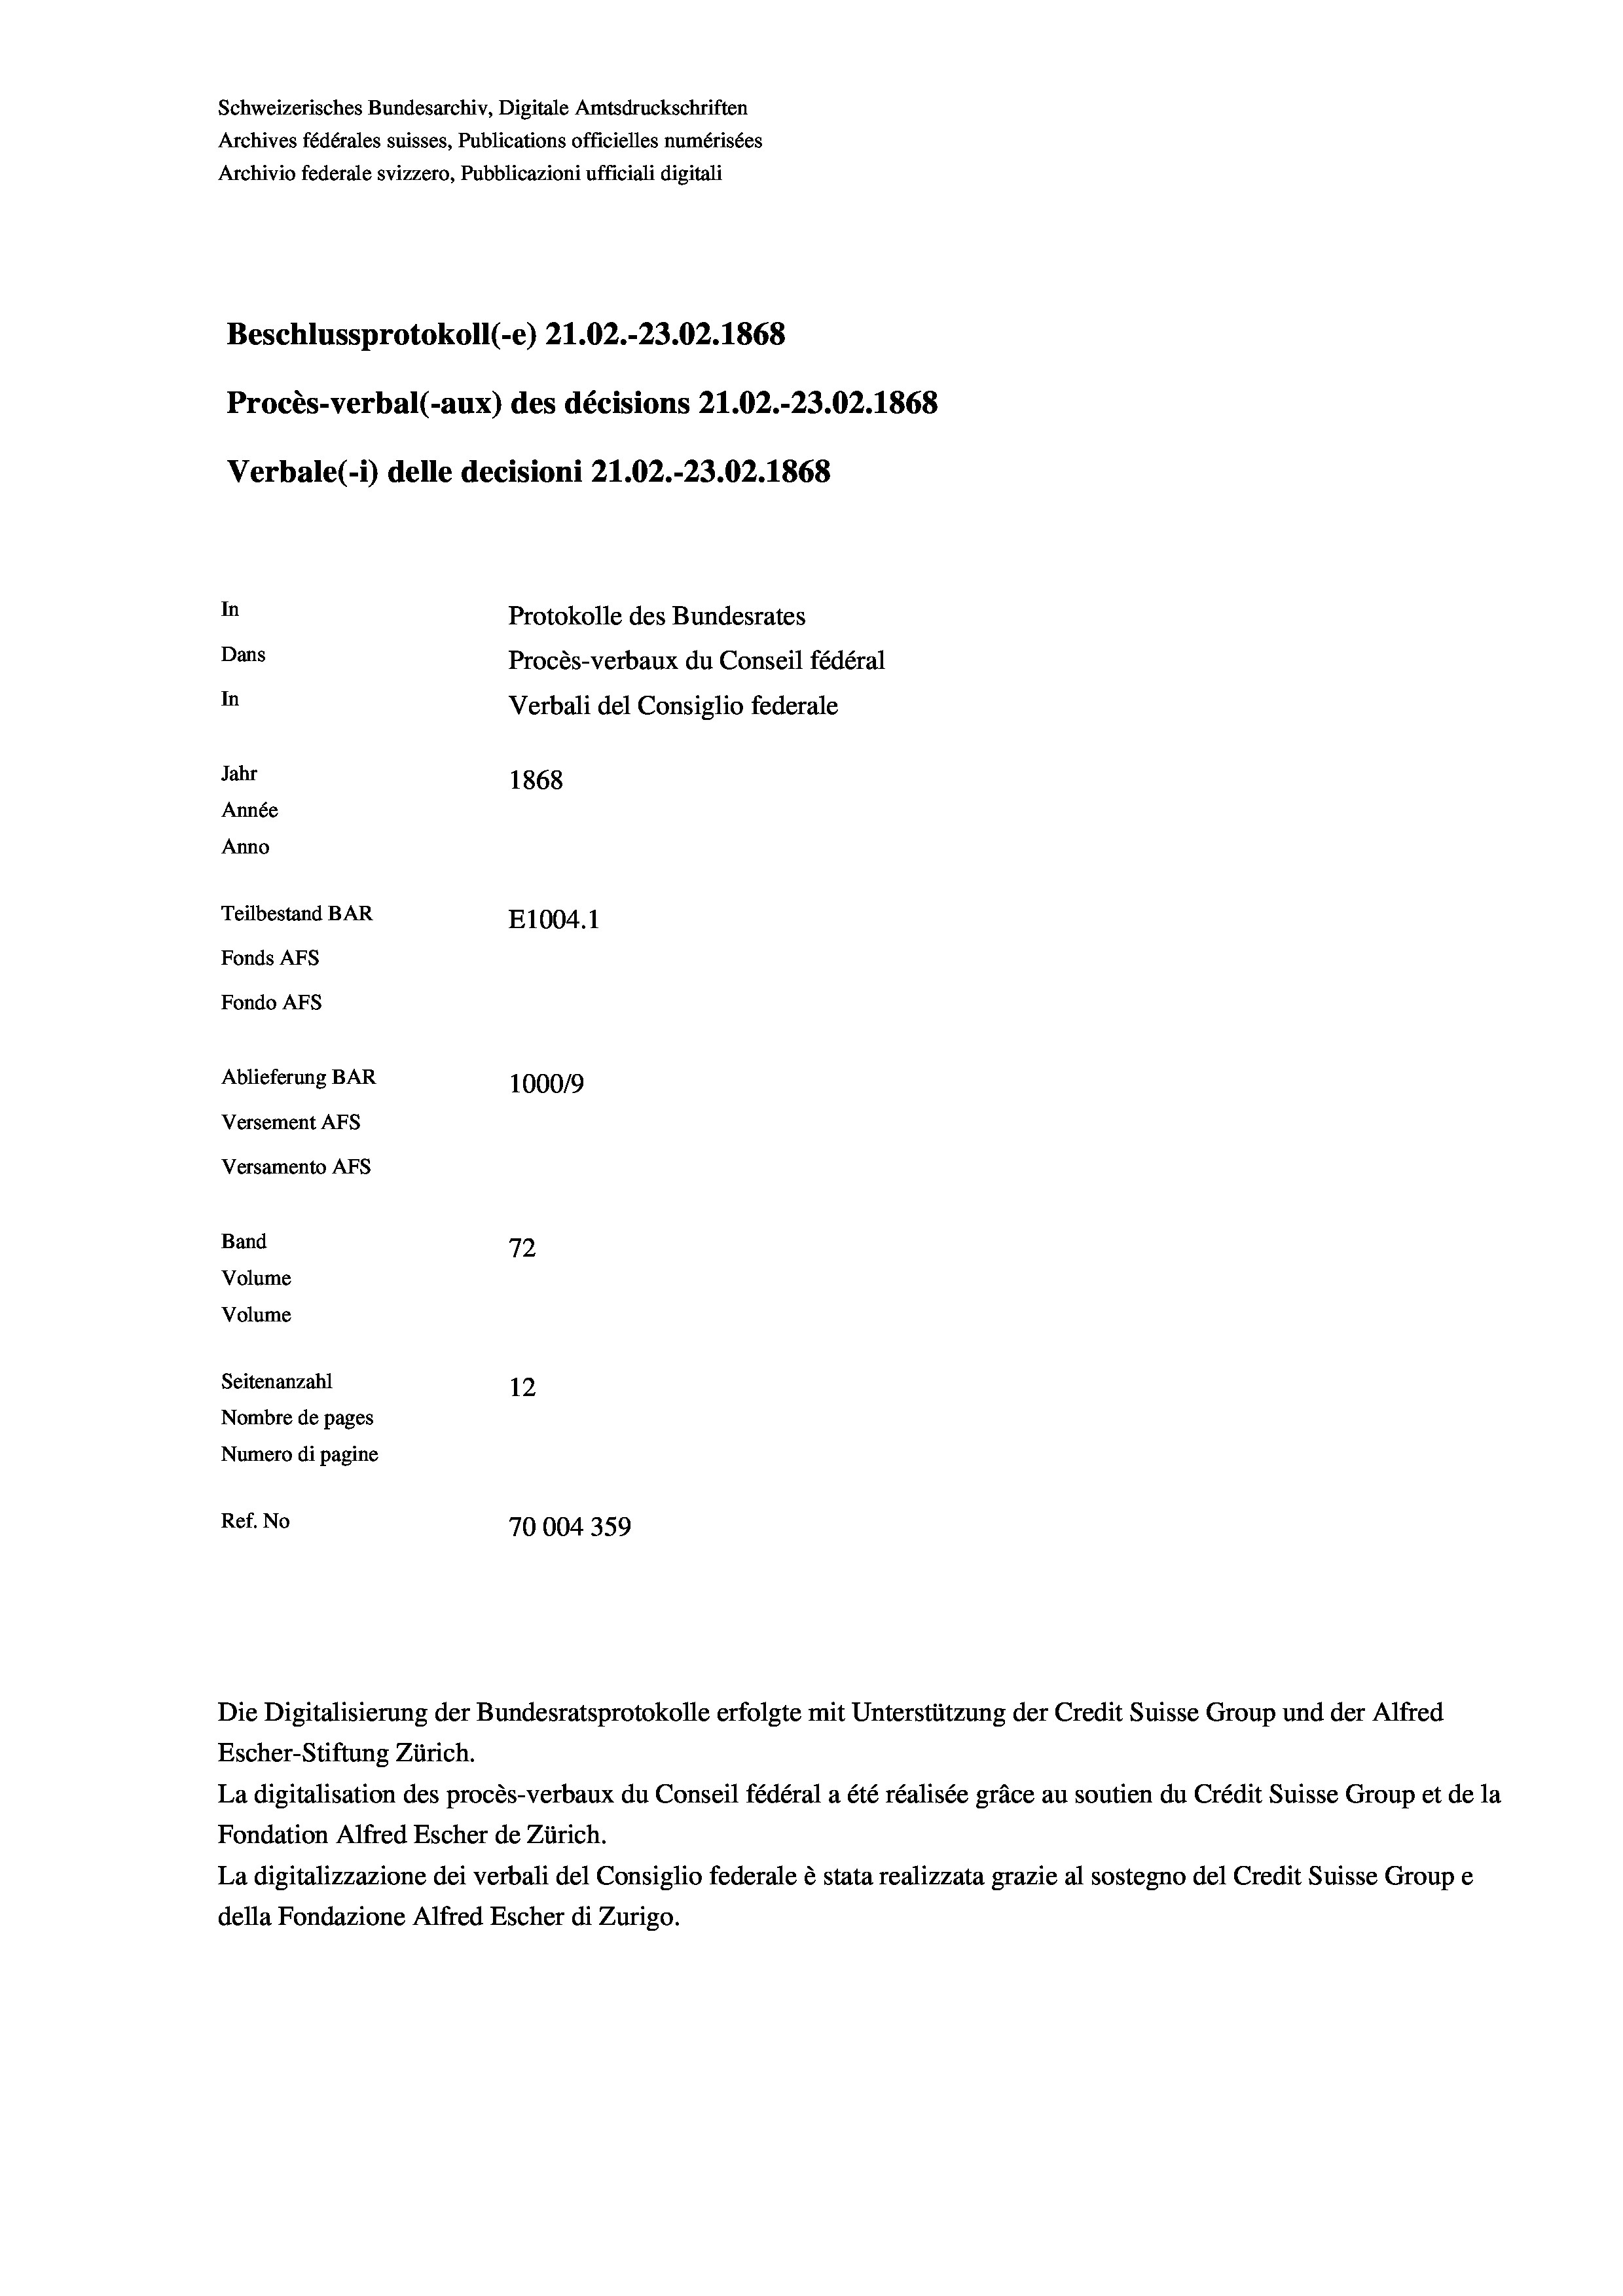
Schweizerisches Bundesarchiv, Digitale Amtsdruckschriften
Archives fédérales suisses, Publications officielles numérisées
Archivio federale svizzero, Pubblicazioni ufficiali digitali
Beschlussprotokoll (-e) 21.02.-23.02. 1868
Procès-verbal (-aux) des décisions 21.02.-23.02.1868
Verbale(-*) delle decisioni 21.02.-23.02. 1868
In
Protokolle des Bundesrates
Dans
Procès-verbaux du Conseil fédéral
In
Verbali del Consiglio federale
Jahr
1868
Année
Anno
Teilbestand BAR
E1004. 1
Fonds AFs
Fondo Afs
Ablieferung BAR
100019
Versement AFs
Versamento AFs

72
Seitenanzahl
12
Nombre de pages
Numero di pagine
Ref. No
70004359

Band
Volume
Volume

Escher-Stiftung Zürich.
La digitalisation des procès-verbaux du Conseil fédéral a été réalisée gräce au soutien du Crédit Suisse Group et de la
Fondation Alfred Escher de Zürich.
La digitalizzazione dei verbali del Consiglio federale è stata realizzata grazie al sostegno del Credit Suisse Groupe
della Fondazione Alfred Escher di Zurigo.

Die Digitalisierung der Bundesratsprotokolle erfolgte mit Unterstützung der Credit Suisse Group und der Alfred